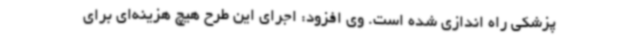
پزشکی راه اندازی شده است. وی افزود: اجرای این طرح هیچ هزینه‌ای برای